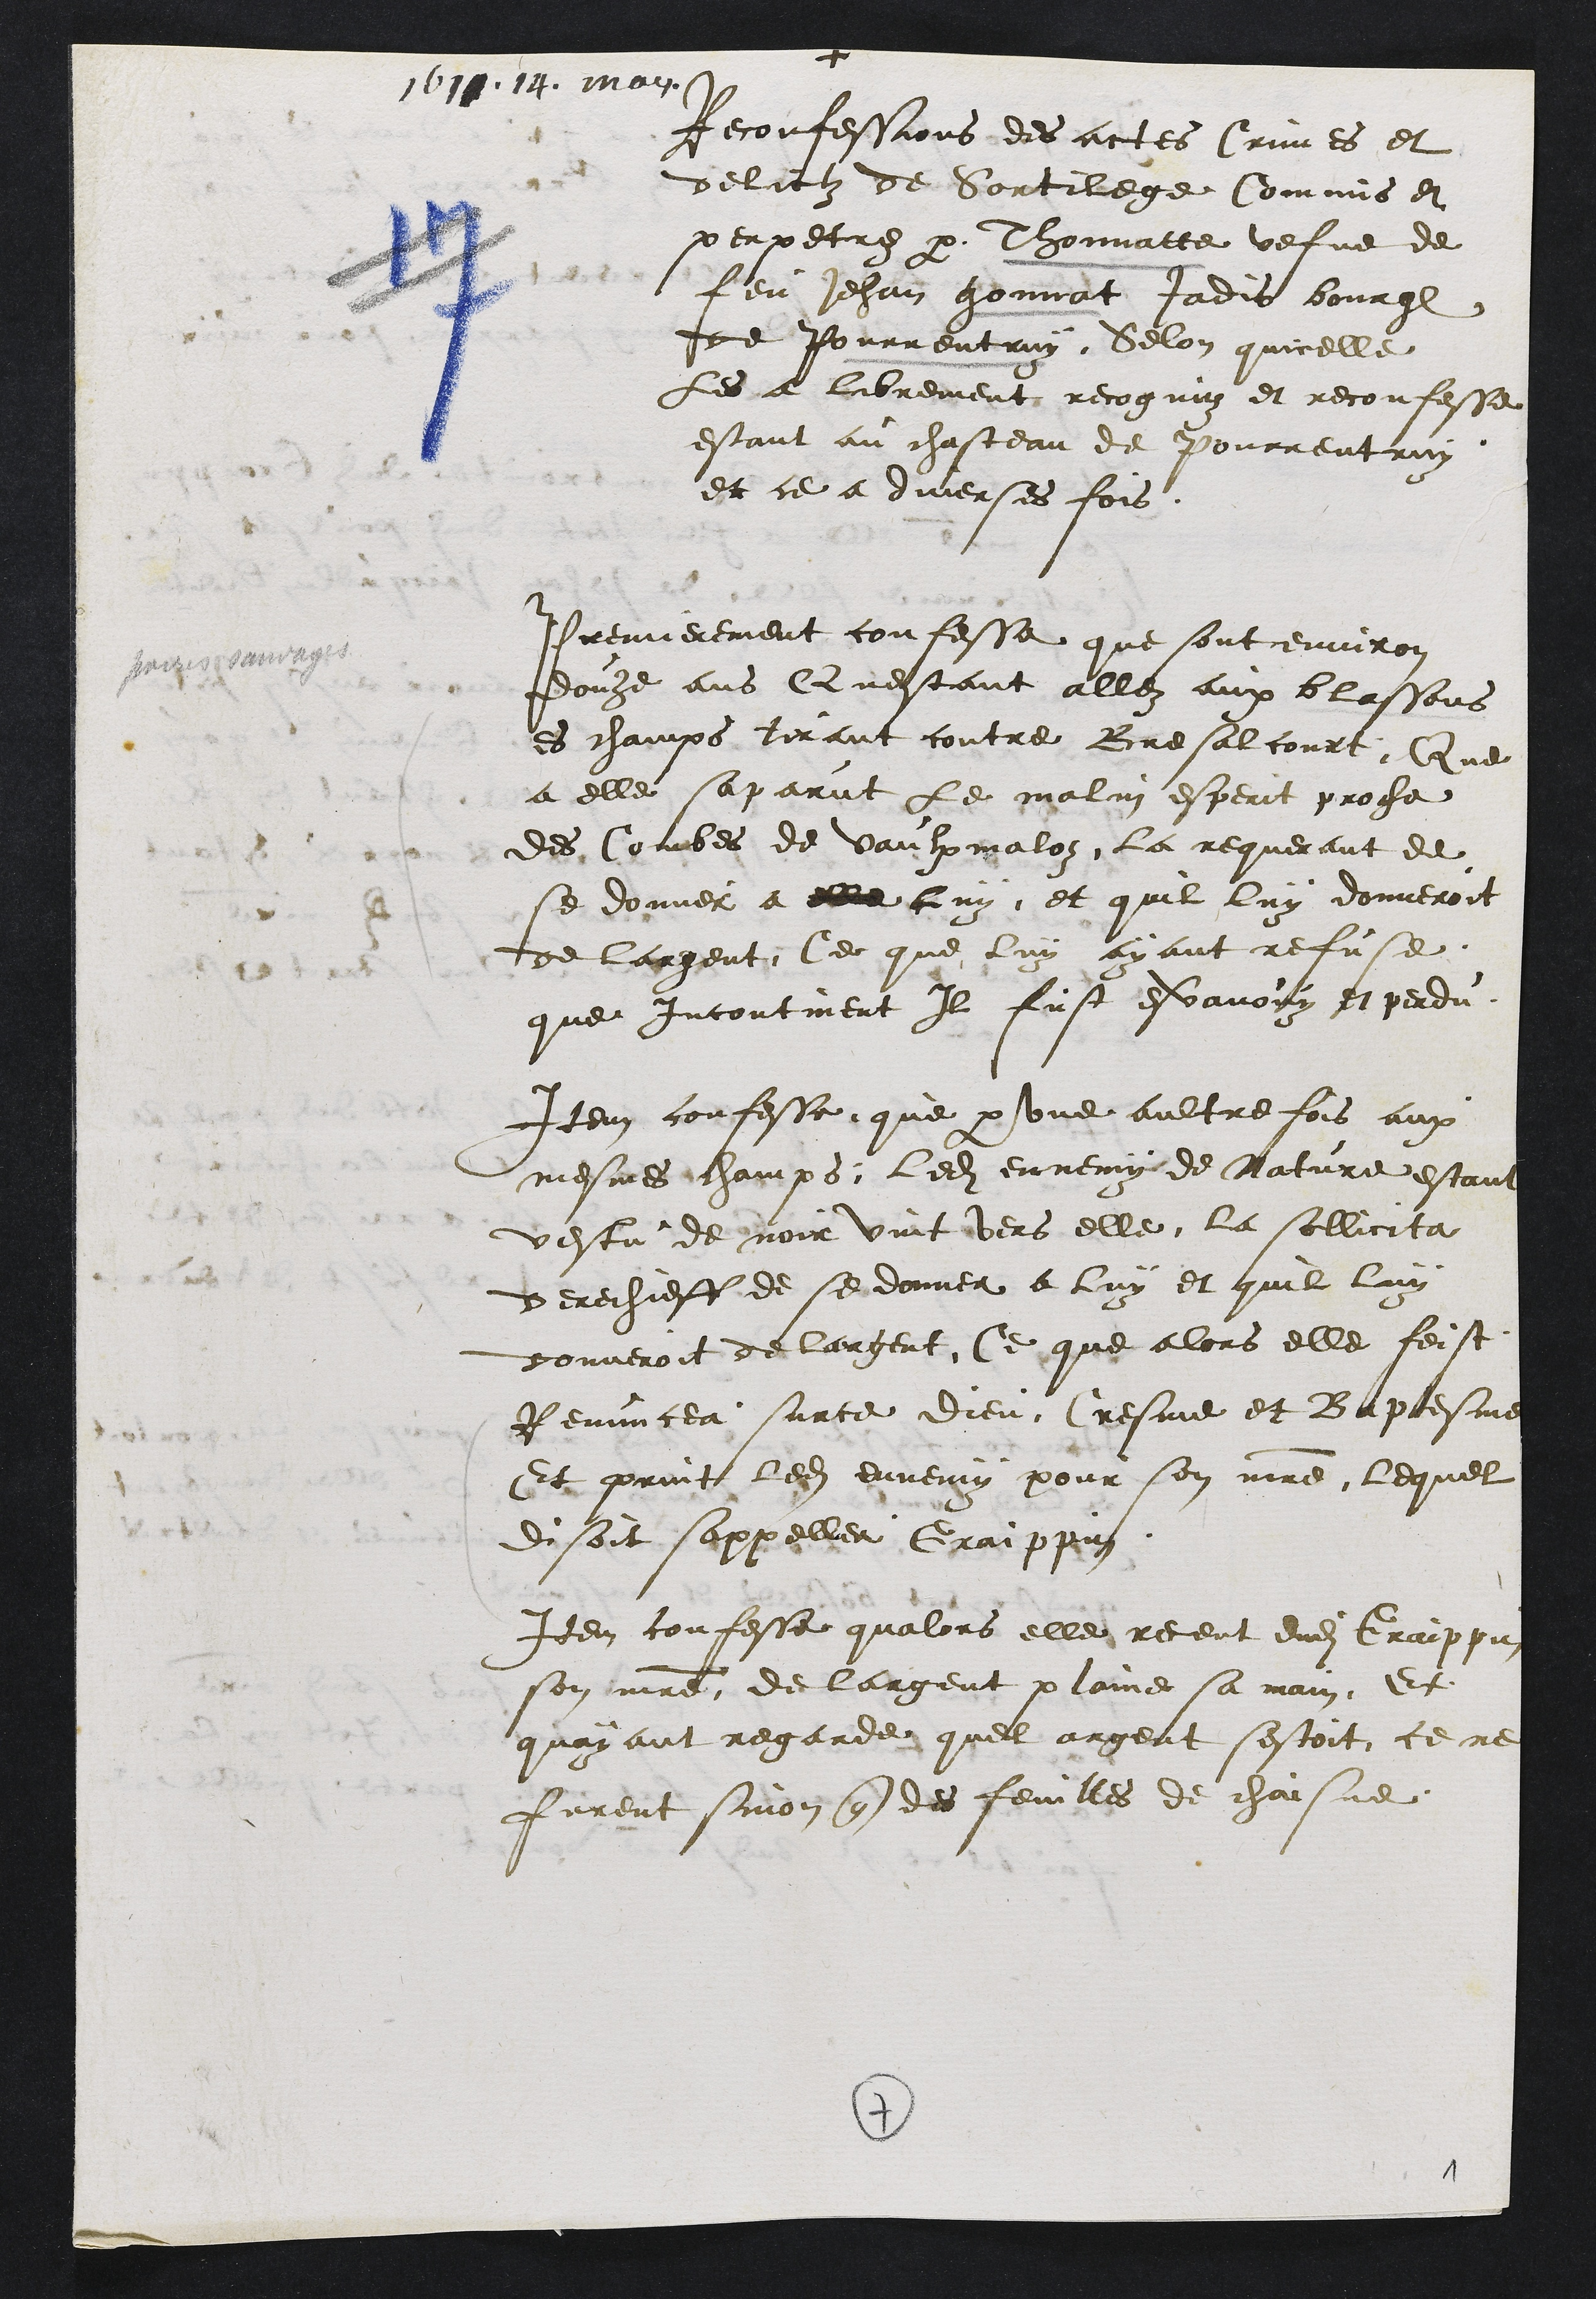
+
1610. 14. may
Reconfessions des actes Crimes et
delictz de Sortilege Commis et
perpetrez par Thonnatte vefve de
feu Jehan gonnat Jadis bourgeois
de Pourrentruy. Selon quicelle
les a librement recognuz et reconfesse
estant au chasteau de Pourrentruy
et ce a diverses fois.
Premierement confesse que sont environ
douze ans Questant allez aux blassons
es champs tirant contre Bresalcourt, Que
a elle saparut le malin esperit proche
des Combes de Vaulx maloz, la requerant de
se donner a elle luy, et quil luy donneroit
de largent, Ce que luy ayant refuse
que Incontinent Il fust esvanouy et perdu.
Item confesse que par une aultre fois aux
mesmes champs, ledit ennemy de Nature estant
vestu de noir vint vers elle, la sollicita
derechieff de se donner a luy et quil luy
donneroit de largent, Ce que alors elle feist
Renuncea sur ce dieu, Cresme et Baptesme
Et print ledit ennemy pour son maitre, lequel
disoit sappeller Graippin.
Item confesse qualors elle receut dudit Graippin
son maitre, de largent plaine sa main, Et
quayant regarde quel argent sestoit, ce ne
furent sinon que des feuilles de chaisne.
7
1